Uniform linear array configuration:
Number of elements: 64
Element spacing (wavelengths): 1
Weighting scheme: hamming
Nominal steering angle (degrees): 60
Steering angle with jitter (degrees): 59.201
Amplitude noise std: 0.05
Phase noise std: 0.05

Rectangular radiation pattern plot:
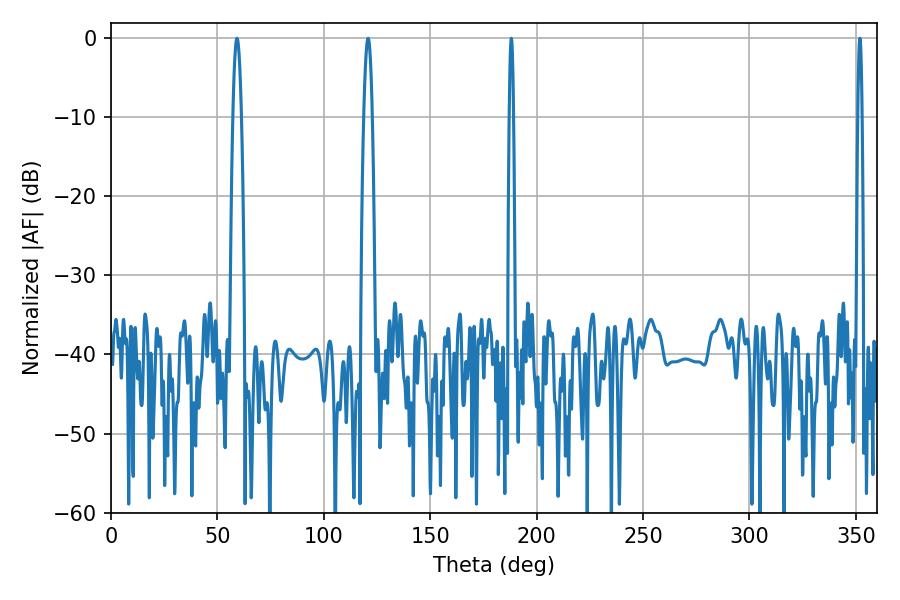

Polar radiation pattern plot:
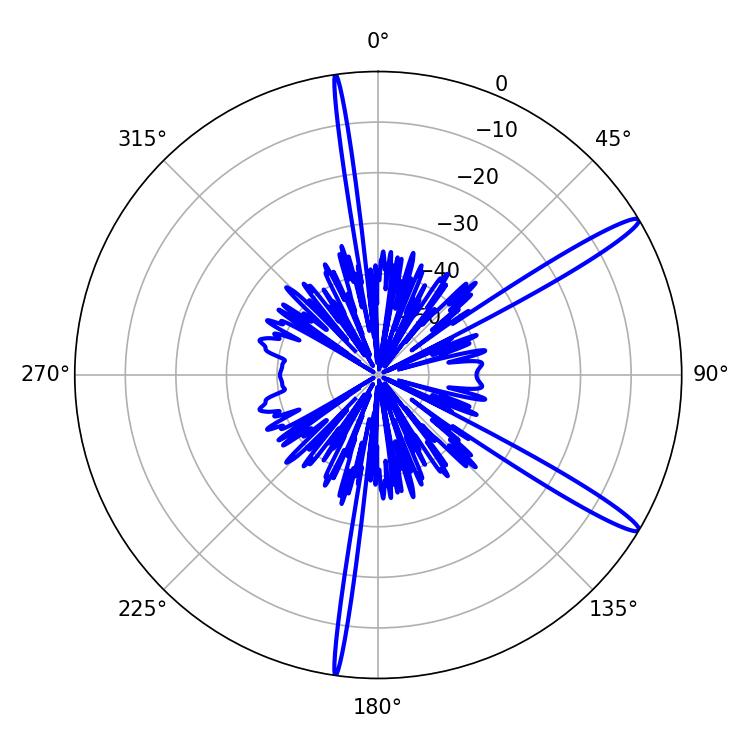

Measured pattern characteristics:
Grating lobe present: TRUE
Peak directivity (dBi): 14.795
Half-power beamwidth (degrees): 1.08
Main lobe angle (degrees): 188.1